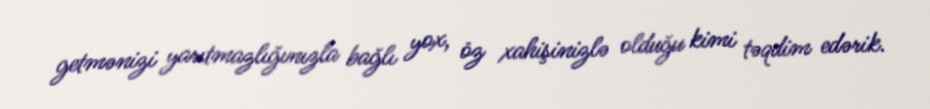
getmənizi yarıtmazlığınızla bağlı yox, öz xahişinizlə olduğu kimi təqdim edərik.